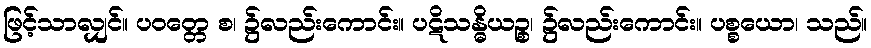
ဖြင့်သာလျှင်။ ပဝတ္တေ စ၊ ၌လည်းကောင်း။ ပဋိသန္ဓိယဉ္စ၊ ၌လည်းကောင်း။ ပစ္စယော၊ သည်။